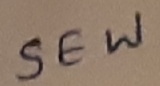
Text: SEW